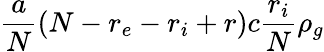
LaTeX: \frac{a}{N}(N-r_{e}-r_{i}+r)c\frac{r_{i}}{N}\rho_{g}